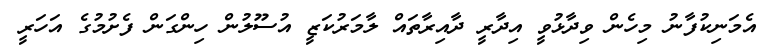
އެމަނިކުފާނު މިހެން ވިދާޅުވީ އިދާރީ ދާއިރާތައް ލާމަރުކަޒީ އުސޫލުން ހިންގަން ފެށުމުގެ އަހަރީ